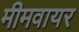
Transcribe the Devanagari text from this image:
मीमवायर